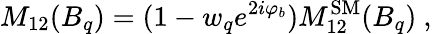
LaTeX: M_{12}(B_{q})=(1-w_{q}e^{2i\varphi_{b}})M_{12}^{\mathrm{SM}}(B_{q})\ ,